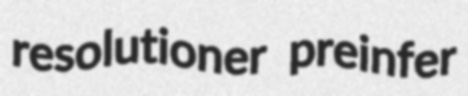
resolutioner preinfer